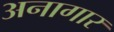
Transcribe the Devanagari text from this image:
अनागार